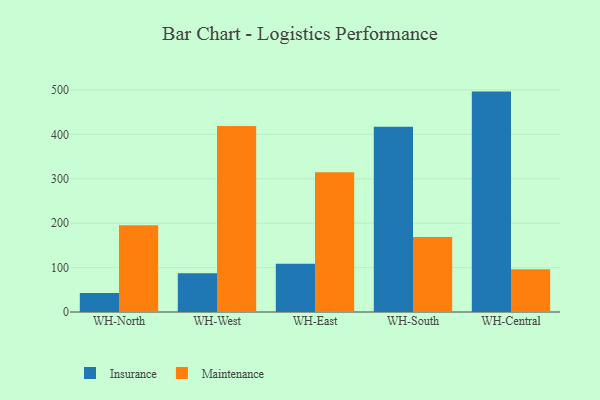
{"axis": {"x": "Warehouse", "y": "Budget (USD K)"}, "legend": ["Insurance", "Maintenance"], "data": [{"x": "WH-North", "y": 43.0, "type": "Insurance"}, {"x": "WH-North", "y": 195.2, "type": "Maintenance"}, {"x": "WH-West", "y": 87.3, "type": "Insurance"}, {"x": "WH-West", "y": 419.0, "type": "Maintenance"}, {"x": "WH-East", "y": 108.4, "type": "Insurance"}, {"x": "WH-East", "y": 314.6, "type": "Maintenance"}, {"x": "WH-South", "y": 417.3, "type": "Insurance"}, {"x": "WH-South", "y": 168.9, "type": "Maintenance"}, {"x": "WH-Central", "y": 496.2, "type": "Insurance"}, {"x": "WH-Central", "y": 96.2, "type": "Maintenance"}]}